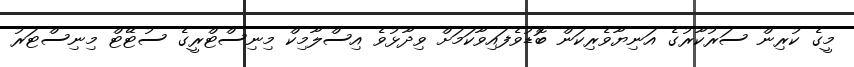
މީގެ ކުރިން ސަރުކާރުގެ އަނިޔާވެރިކަން ބޮޑުވެފައިވާކަމަށް ވިދާޅުވެ އިސްލާމިކް މިނިސްޓްރީގެ ސުޓޭޓް މިނިސްޓަރު